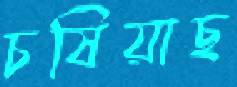
চষিয়াছ